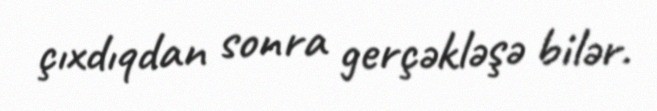
çıxdıqdan sonra gerçəkləşə bilər.